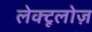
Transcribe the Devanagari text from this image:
लेक्टूलोज़